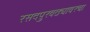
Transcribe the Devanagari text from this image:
रसदपुरवठ्यावरचा